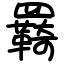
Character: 羇